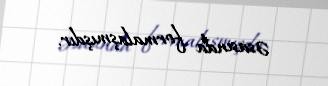
əsasında formalaşmışdır.